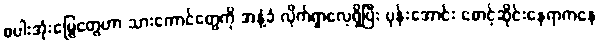
စပါးအုံးမြွေတွေဟာ သားကောင်တွေကို အနံ့ခံ လိုက်ရှာလေ့ရှိပြီး ပုန်းအောင်း စောင့်ဆိုင်းနေရာကနေ